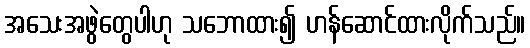
အသေးအဖွဲတွေပါဟု သဘောထား၍ ဟန်ဆောင်ထားလိုက်သည်။